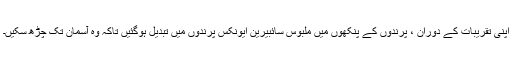
اپنی تقریبات کے دوران ، پرندوں کے پنکھوں میں ملبوس سائبیرین ایونکس پرندوں میں تبدیل ہوگئیں تاکہ وہ آسمان تک چڑھ سکیں۔